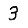
Digit: 3